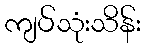
ကျပ်သုံးသိန်း